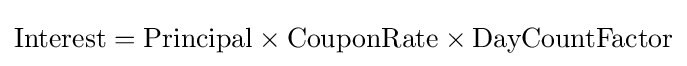
\mathrm {Interest} =\mathrm {Principal} \times \mathrm {CouponRate} \times \mathrm {DayCountFactor}